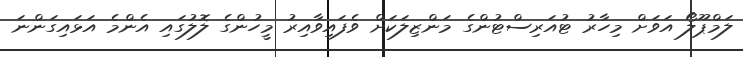
ލަމްޕޫލޯ އަވަށް މިހާރު ޓުއަރިސްޓުންގެ މަންޒިލަކަށް ވެފައިވާއިރު މީހުންގެ ލޮލުގައި އެންމެ އަޅައިގަންނަ